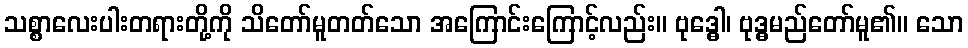
သစ္စာလေးပါးတရားတို့ကို သိတော်မူတတ်သော အကြောင်းကြောင့်လည်း။ ဗုဒ္ဓေါ၊ ဗုဒ္ဓမည်တော်မူ၏။ သော